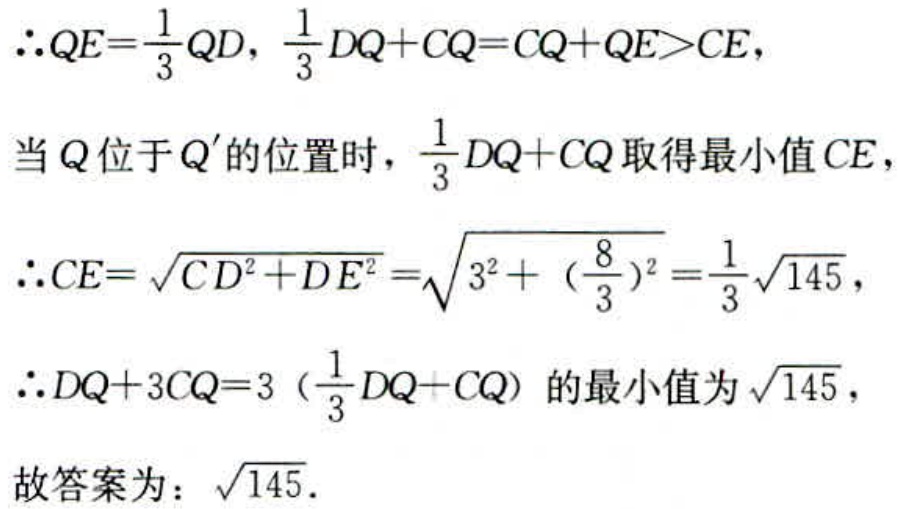
\[\begin{align*}
&\therefore QE = \frac{1}{3}QD,\ \frac{1}{3}DQ + CQ = CQ + QE>CE,\\
&当Q位于Q^{'}的位置时，\frac{1}{3}DQ + CQ取得最小值CE，\\
&\therefore CE=\sqrt{CD^{2}+DE^{2}}=\sqrt{3^{2}+(\frac{8}{3})^{2}}=\frac{1}{3}\sqrt{145},\\
&\therefore DQ + 3CQ = 3(\frac{1}{3}DQ + CQ)的最小值为\sqrt{145},\\
&故答案为：\sqrt{145}.
\end{align*}\]